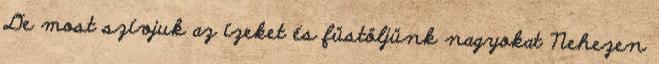
De most szívjuk az ízeket és füstöljünk nagyokat Nehezen